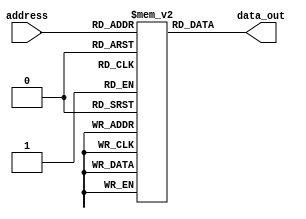
module anti_fuse_ROM (
    input wire [7:0] address,
    output reg [7:0] data_out
    );

    reg [7:0] memory [0:255];

    initial begin
        // Initialize memory blocks with anti-fuse elements
        // You can program each memory cell with appropriate values here
        
        // Example initialization:
        memory[0] = 8'b00000000;
        memory[1] = 8'b00000001;
        memory[2] = 8'b00000010;
        // and so on...
        
    end

    always @(*) begin
        // Read data from memory based on address
        data_out = memory[address];
    end

endmodule